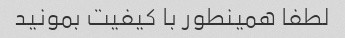
لطفا همینطور با کیفیت بمونید